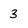
Character: 3